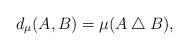
LaTeX: \begin{align*} d_\mu(A, B) = \mu(A \bigtriangleup B),\end{align*}